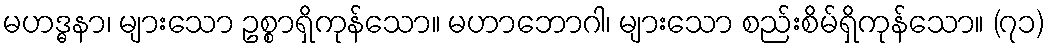
မဟဒ္ဓနာ၊ များသော ဥစ္စာရှိကုန်သော။ မဟာဘောဂါ၊ များသော စည်းစိမ်ရှိကုန်သော။ (၇၁)